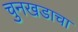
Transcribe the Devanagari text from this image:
चुनखडाचा